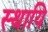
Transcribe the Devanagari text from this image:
स्थायि